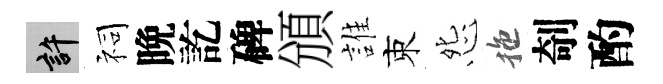
許祠晩訖碑頒誰束怨拖剞酌